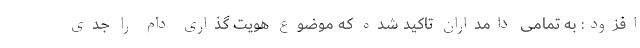
افزود: به تمامی دامداران تاکید شده که موضوع هویت گذاری دام را جدی